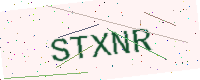
Text: STXNR